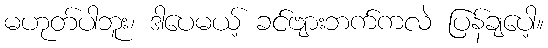
မဟုတ်ပါဘူး၊ ဒါပေမယ့် ခင်ဗျားဘက်ကလဲ ပြန်ချပေါ့။